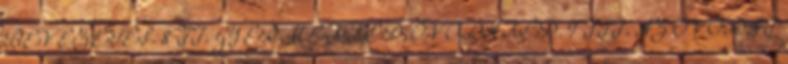
BEVEZETÉS. 8 II. GYERMEKKÉP, ÓVODAKÉP. 9 III. AZ ÓVODAI